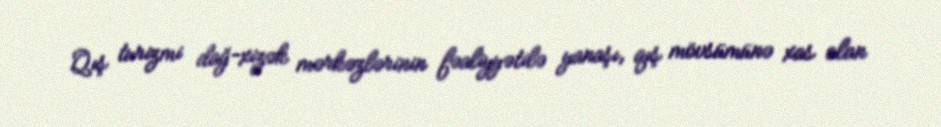
Qış turizmi dağ-xizək mərkəzlərinin fəaliyyətilə yanaşı, qış mövsümünə xas olan